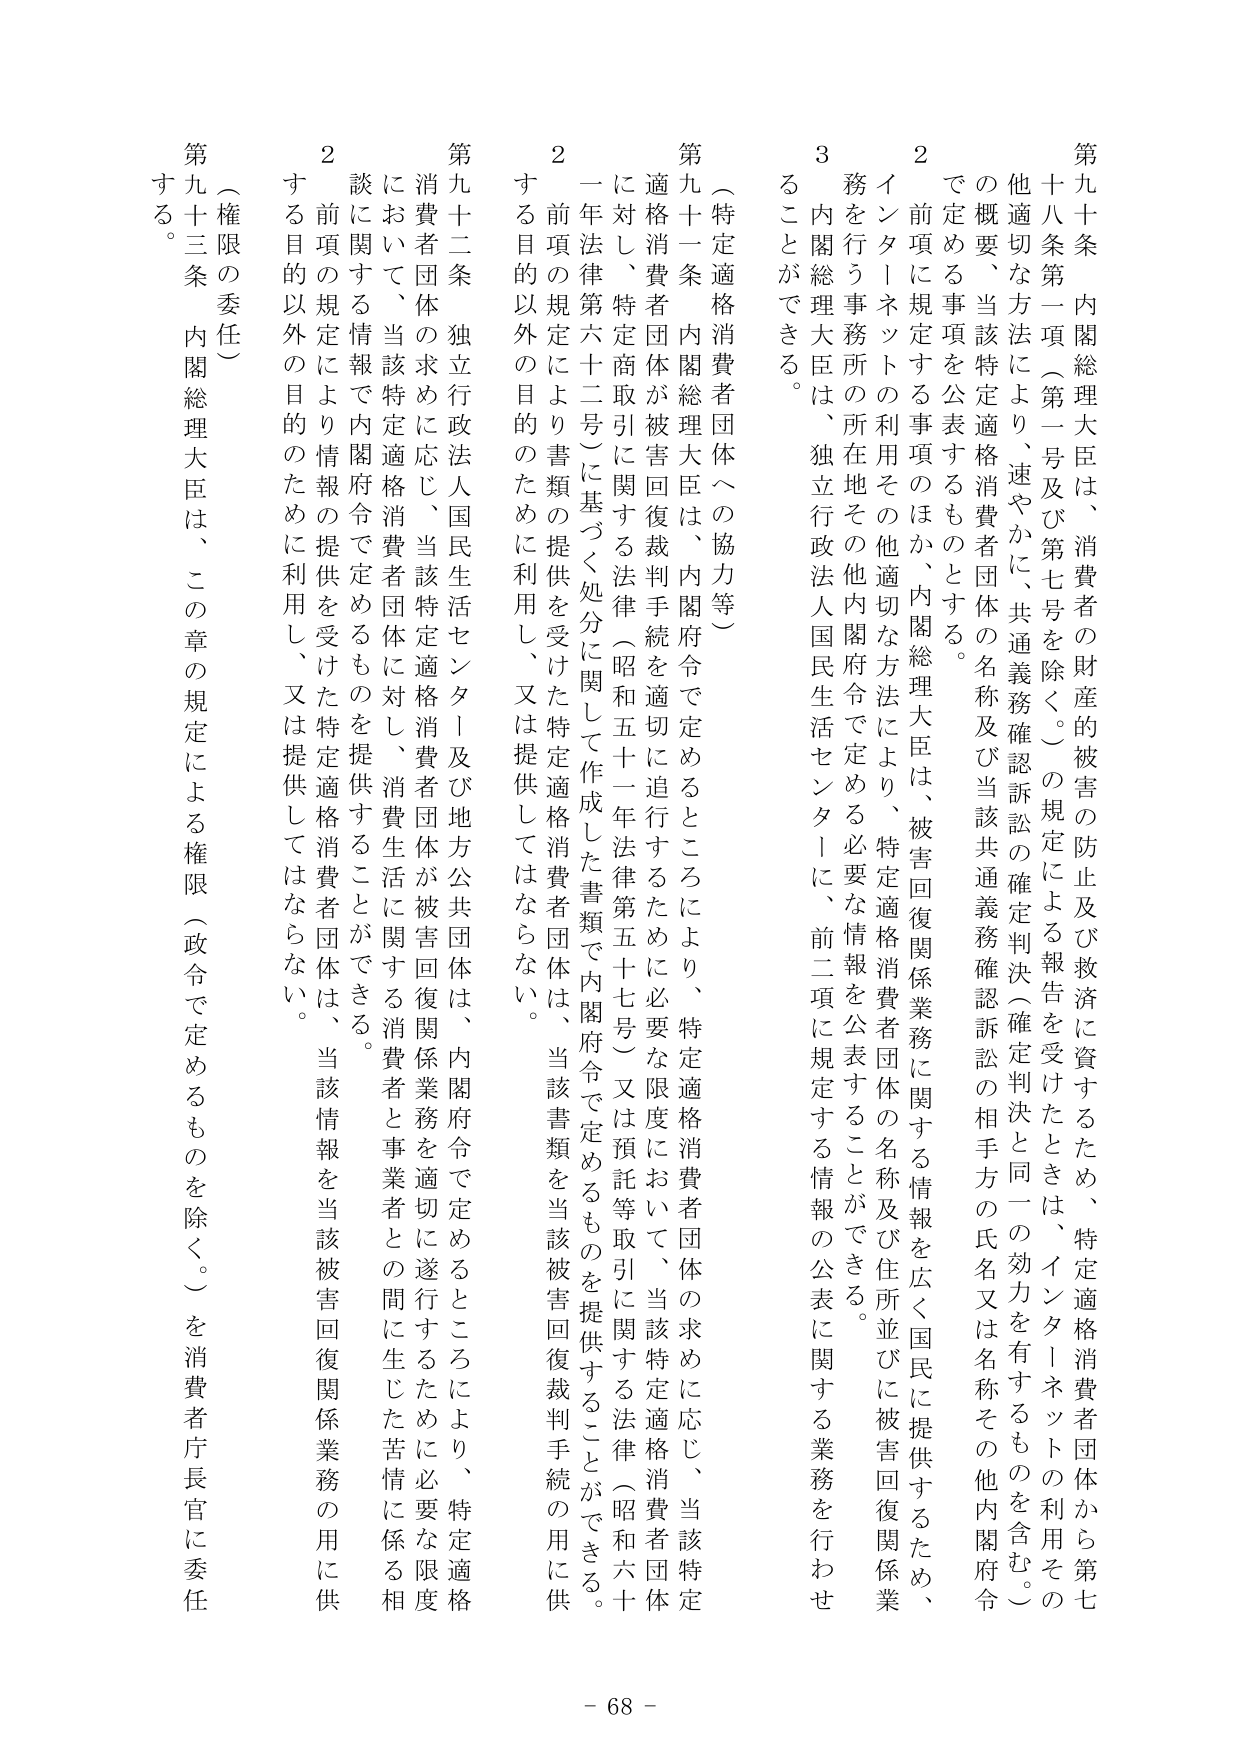
第九十条 内閣総理大臣は、消費者の財産的被害の防止及び救済に資するため、特定適格消費者団体から第七十八条第一項（第一号及び第七号を除く。）の規定による報告を受けたときは、インターネットの利用その他の適切な方法により、速やかに、共通義務確認訴訟の確定判決（確定判決と同一の効力を有するものを含む。）の概要、当該特定適格消費者団体の名称及び当該共通義務確認訴訟の相手方の氏名又は名称その他内閣府令で定める事項を公表するものとする。

２ 前項に規定する事項のほか、内閣総理大臣は、被害回復関係業務に関する情報を広く国民に提供するため、インターネットの利用その他適切な方法により、特定適格消費者団体の名称及び住所並びに被害回復関係業務を行う事務所の所在地その他内閣府令で定める必要な情報を公表することができる。

３ 内閣総理大臣は、独立行政法人国民生活センターに、前二項に規定する情報の公表に関する業務を行わせることができる。

（特定適格消費者団体への協力等）

第九十一条 内閣総理大臣は、内閣府令で定めるところにより、特定適格消費者団体の求めに応じ、当該特定適格消費者団体が被害回復裁判手続を適切に追行するために必要な限度において、当該特定適格消費者団体に対し、特定商取引に関する法律（昭和五十一年法律第五十七号）又は預託等取引に関する法律（昭和六十年法律第六十二号）に基づく処分に関して作成した書類で内閣府令で定めるものを提供することができる。

２ 前項の規定により書類の提供を受けた特定適格消費者団体は、当該書類を当該被害回復裁判手続の用に供する目的以外の目的のために利用し、又は提供してはならない。

第九十二条 独立行政法人国民生活センター及び地方公共団体は、内閣府令で定めるところにより、特定適格消費者団体の求めに応じ、当該特定適格消費者団体に対し、消費者団体が被害回復関係業務を適切に遂行するために必要な限度において、当該特定適格消費者団体が被害回復関係業務を適切に遂行するために必要な限度において、消費者と事業者との間に生じた苦情に係る相談に関する情報で内閣府令で定めるものを提供することができる。

２ 前項の規定により情報の提供を受けた特定適格消費者団体は、当該情報を当該被害回復関係業務の用に供する目的以外の目的のために利用し、又は提供してはならない。

（権限の委任）

第九十三条 内閣総理大臣は、この章の規定による権限（政令で定めるものを除く。）を消費者庁長官に委任する。

- 68 -